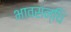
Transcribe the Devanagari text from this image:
भावसन्धि